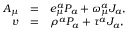
\begin{array} { r c l } { { A _ { \mu } } } & { { = } } & { { e _ { \mu } ^ { a } P _ { a } + \omega _ { \mu } ^ { a } J _ { a } , } } \\ { { v } } & { { = } } & { { \rho ^ { a } P _ { a } + \tau ^ { a } J _ { a } , } } \end{array}